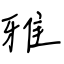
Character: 雅